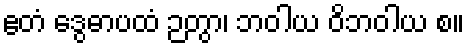
ဧတံ ဒွေဓာပထံ ဉတွာ၊ ဘဝါယ ဝိဘဝါယ စ။